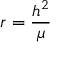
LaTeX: r = { \frac { h ^ { 2 } } { \mu } }